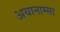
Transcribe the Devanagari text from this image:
अयानाम्सा